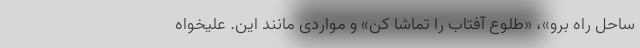
ساحل راه برو»، «طلوع آفتاب را تماشا کن» و مواردی مانند این. علیخواه